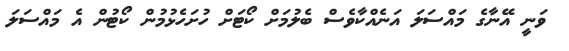
ވަނީ އޭނާގެ މައްސަލަ އަނެއްކާވެސް ބެލުމަށް ކޯޓަށް ހުށަހެޅުމުން ކޯޓުން އެ މައްސަލަ